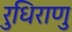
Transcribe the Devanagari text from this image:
रुधिराणु